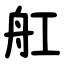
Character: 舡